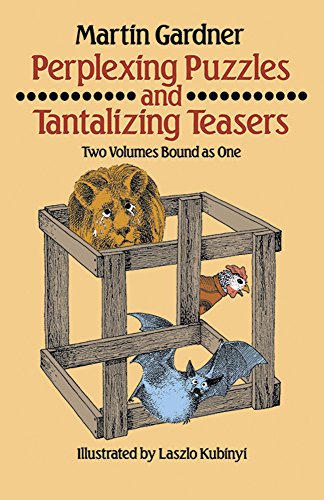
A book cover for Perplexing Puzzles and Tantalizing Teasers (Dover Children's Activity Books); Martin Gardner; Humor & Entertainment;